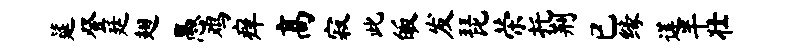
筵登廷翅愚鸡痒高寂此皈发琵荣托荆已缘莲半壮